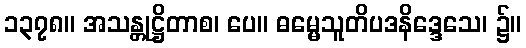
၁၃၇၈။ အသန္တုဋ္ဌိတာစ၊ ပေ။ ဓမ္မေသူတိပဒနိဒ္ဒေသေ၊ ၌။